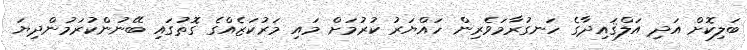
ބަލިކޮށް އަދި އަލްޤައިދާގެ ހަނގުރާމަވެރިން ހައްޔަރު ކުރުމަށް މައި މަރުކަޒެއްގެ ގޮތުގައި ބޭނުންކުރަމުންދިޔަ